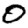
Digit: 0